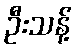
ဦးသန့်